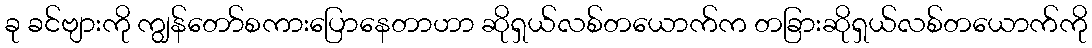
ခု ခင်ဗျားကို ကျွန်တော်စကားပြောနေတာဟာ ဆိုရှယ်လစ်တယောက်က တခြားဆိုရှယ်လစ်တယောက်ကို